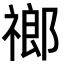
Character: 𬓌